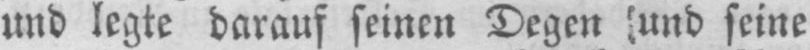
und legte darauf seinen Degen (und seine